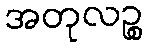
အတုလဉ္စ